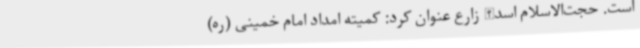
است. حجت‌الاسلام اسدالله زارع عنوان کرد: کمیته امداد امام خمینی (ره)